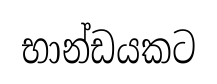
භාන්ඩයකට